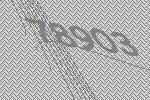
78903